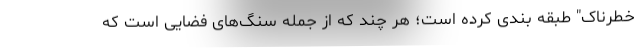
خطرناک" طبقه بندی کرده است؛ هر چند که از جمله سنگ‌های فضایی است که